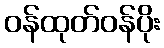
ဝန်ထုတ်ဝန်ပိုး